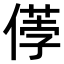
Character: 𠍤